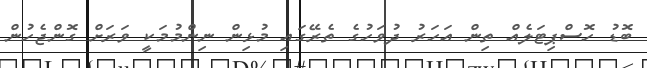
ބޮޑު ހޮސްޕިޓަލެއް ތިން އަހަރު ދުވަހުގެ ތެރޭގައި މުޅިން ނިންމުމަކީ ވަރަށް ގޮންޖެހުން